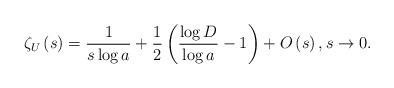
LaTeX: \begin{align*} \zeta _{U}\left( s\right) =\frac{1}{s\log a}+\frac{1}{2}\left( \frac{\log D}{\log a}-1\right) +O\left( s\right), s\to 0.\end{align*}